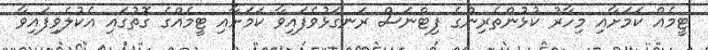
ޓީމެއް ކަމަށާއި މިހާރު ކުޅުންތެރިންގެ ފިޓްނަސް ރަނގަޅުވެފައިވާ ކަމަށާއި ޓީމެއްގެ ގޮތުގައި އެކުލެވިފައިވާ